Annual administration report of the Civil Veterinary Department of India - 1896-1897
Year: 1896
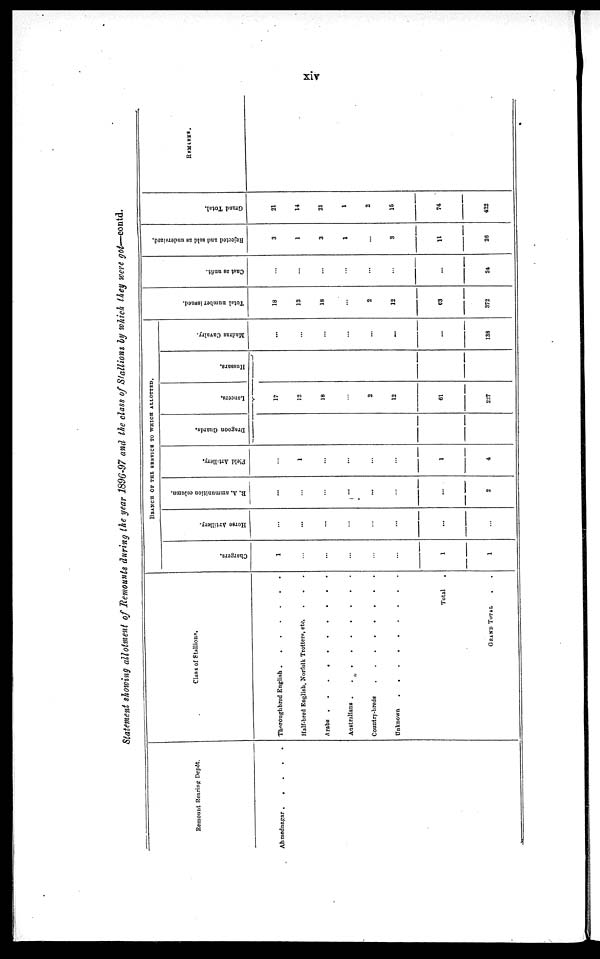
xiv
Statement showing allotment of Remounts during the year 1896-97 and the class of Stallions by which they were got—contd.
Remount Rearing Depôt.
Ahmednagar
. . . . .
Class of Stallions.
Thoroughbred English . . . . . . .
Half-bred English, Norfolk Trotters, etc. . . .
Arabs
.
.
.
.
.
.
.
.
.
.
Australians
.
.
.
.
.
.
.
.
Country-breds
.
.
.
.
.
.
.
.
Unknown
.
.
.
.
.
.
.
. . . .
Total .
GRAND TOTAL . .
BRANCH OF THE SERVICE TO WHICH ALLOTTED.
Chargers.
1
...
...
...
...
...
1
1
Horse Artillery.
...
...
...
...
...
...
...
...
R.
A. ammunition column.
...
...
...
...
...
...
...
2
Field Artillery.
...
1
...
...
...
...
1
4
Dragoon Guards.
Lancers.
17
12
18
...
2
12
61
227
Hussars.
Madras Cavalry.
...
...
...
...
...
...
...
138
Tot al number i ssued.
18
18
18
...
2
12
63
372
Cast as unfit.
...
...
...
...
...
...
...
24
Rejected and sold as undersized.
3
1
3
1
...
3
11
26
Grand Tot al .
21
14
21
1
2
15
74
422
REMARKS.